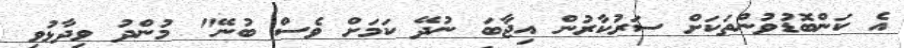
އެ ކަންބޮޑުވުންތަކަށް ސަރުކާރުން އިޖާބަ ނުދޭ ކަމަށް ވެސް ބުނޭ" މުންދު ވިދާޅުވި